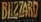
BLIZZARD